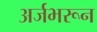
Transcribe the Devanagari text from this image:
अर्जभरून